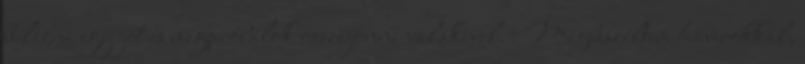
bulizni egy jót és megpróbálok összejönni valakivel. Megbeszéltem haverokkal,